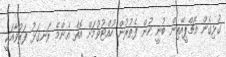
ގުޅިގެން އެޗްޕީއޭއިން ބުނީ ހުން ފެތުރުން ހުއްޓުވުމަށް އޮތް އެންމެ ރަނގަޅު ފަރުވާއަކީ